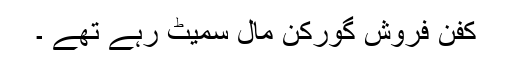
کفن فروش گورکن مال سمیٹ رہے تھے ۔